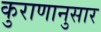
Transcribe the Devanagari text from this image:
कुराणानुसार